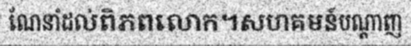
ណែនាំដល់ពិភពលោក។សហគមន៍បណ្តាញ